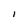
Character: I